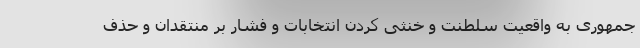
جمهوری به واقعیت سلطنت و خنثی کردن انتخابات و فشار بر منتقدان و حذف